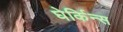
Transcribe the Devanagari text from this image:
घेर्किन्स